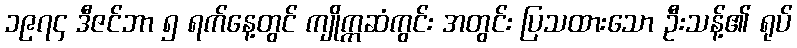
၁၉၇၄ ဒီဇင်ဘာ ၅ ရက်နေ့တွင် ကျိုက္ကဆံကွင်း အတွင်း ပြသထားသော ဦးသန့်၏ ရုပ်